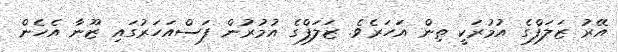
އޭރު ޒަލަފްގެ އުމުރަކީ ތިން އަހަރެވެ. ޒަލަފްގެ އުމުރުން ފަސްއަހަރުގައި ޒޫނާ އެހެން